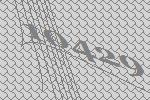
10429